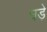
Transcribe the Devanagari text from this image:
घडे़